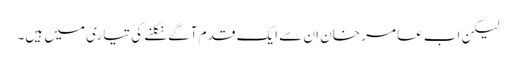
لیکن اب عامر خان ان سے ایک قدم آگے نکلنے کی تیاری میں ہیں۔